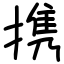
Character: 携